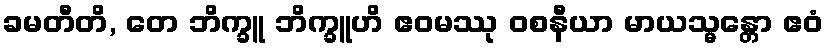
ခမတီတိ, တေ ဘိက္ခူ ဘိက္ခူဟိ ဧဝမဿု ဝစနီယာ မာယသ္မန္တော ဧဝံ